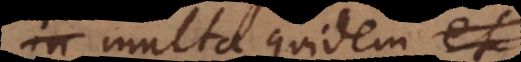
, multa quidem ele